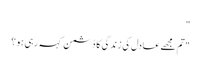
"
"تم مجھے عادل کی زندگی کا دُشمن کہہ رہی ہو ؟